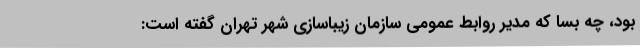
بود، ‌چه بسا که مدیر روابط عمومی سازمان زیباسازی شهر تهران گفته است: